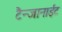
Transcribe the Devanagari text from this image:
टैन्जानाईट